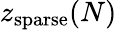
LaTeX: z_{\mathrm{sparse}}(N)